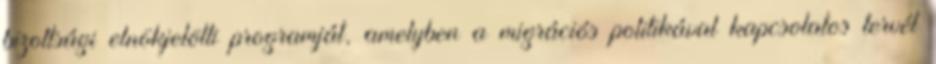
bizottsági elnökjelölti programját, amelyben a migrációs politikával kapcsolatos tervét